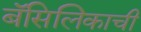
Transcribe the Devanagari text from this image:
बॅसिलिकाची